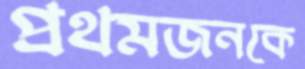
প্রথমজনকে